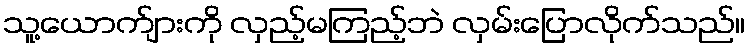
သူ့ယောက်ျားကို လှည့်မကြည့်ဘဲ လှမ်းပြောလိုက်သည်။